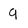
Character: q